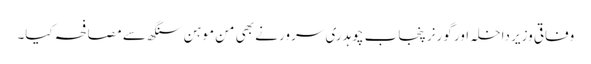
وفاقی وزیر داخلہ اور گورنر پنجاب چوہدری سرور نے بھی من موہن سنگھ سے مصافحہ کیا۔